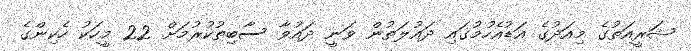
ޝަރީއަތުގެ މިއަދުގެ އަޑުއެހުމުގައި ދައުލަތުން ވަނީ ދައުވާ ސާބިތުކުރުމަށް 22 މީހަކު ހެކިންގެ